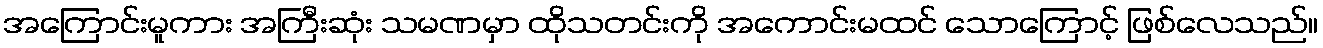
အကြောင်းမူကား အကြီးဆုံး သမဏမှာ ထိုသတင်းကို အကောင်းမထင် သောကြောင့် ဖြစ်လေသည်။